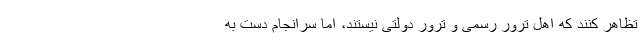
تظاهر کنند که اهل ترور رسمی و ترور دولتی نیستند، اما سرانجام دست به